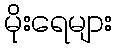
မိုးရေများ